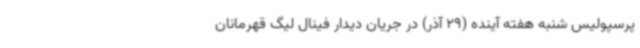
پرسپولیس شنبه هفته آینده (29 آذر) در جریان دیدار فینال لیگ قهرمانان